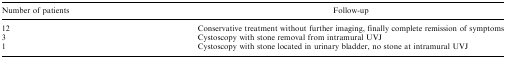
<table><thead><tr><td><b>Number of patients</b></td><td><b>Follow-up</b></td></tr></thead><tbody><tr><td>12</td><td>Conservative treatment without further imaging, finally complete remission of symptoms</td></tr><tr><td>3</td><td>Cystoscopy with stone removal from intramural UVJ</td></tr><tr><td>1</td><td>Cystoscopy with stone located in urinary bladder, no stone at intramural UVJ</td></tr></tbody></table>